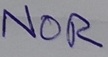
Text: NOR